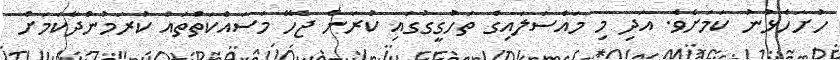
ހުށަހެޅުނު ކަމަށެެވެ. އަދި މި މައްސަލައިގެ ތަހުގީގުގައި ކުރަން ޖެހޭ މަސައްކަތްތައް ކުރަމުންދާކަމަށް